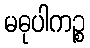
မဓုပါကဉ္စ